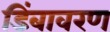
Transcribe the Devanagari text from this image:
डिंबावरण